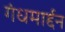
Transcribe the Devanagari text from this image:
गंधमार्द्दन